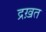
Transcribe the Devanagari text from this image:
द्रख़त